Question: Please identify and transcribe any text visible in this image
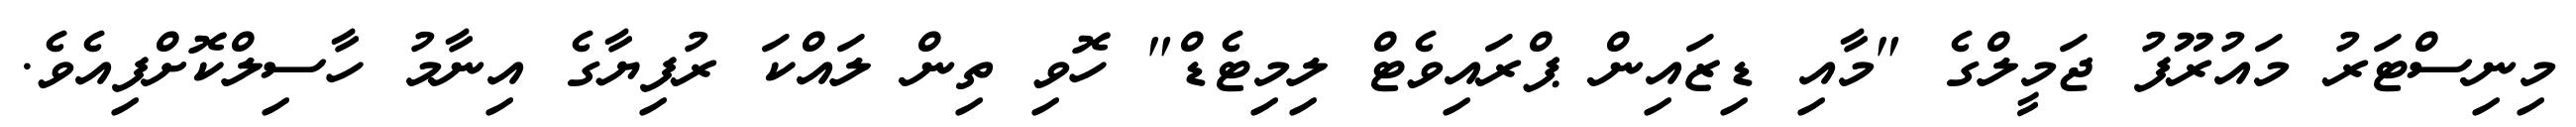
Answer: މިނިސްޓަރު މައުރޫފު ޖަމީލްގެ "މާއި ޑިޒައިން ޕްރައިވެޓް ލިމިޓެޑް" ހޮވި ތިން ލައްކަ ރުފިޔާގެ އިނާމު ހާސިލްކޮށްފިއެވެ.